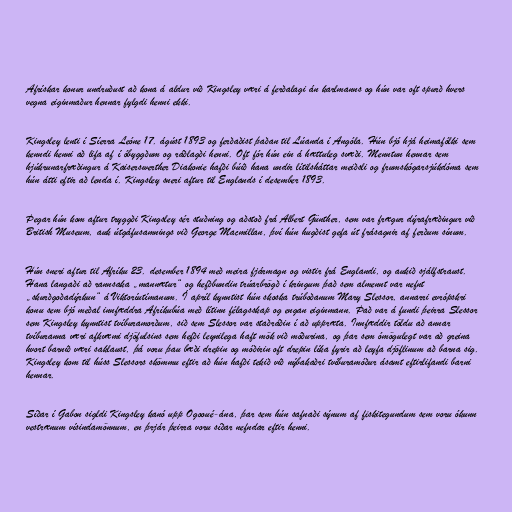
Afrískar konur undruðust að kona á aldur við Kingsley væri á ferðalagi án karlmanns og hún var oft spurð hvers
vegna eiginmaður hennar fylgdi henni ekki.

Kingsley lenti í Síerra Leóne 17. ágúst 1893 og ferðaðist þaðan til Lúanda í Angóla. Hún bjó hjá heimafólki sem
kenndi henni að lifa af í óbyggðum og ráðlagði henni. Oft fór hún ein á hættuleg svæði. Menntun hennar sem
hjúkrunarfræðingur á Kaiserswerther Diakonie hafði búið hana undir lítilsháttar meiðsli og frumskógarsjúkdóma sem
hún átti eftir að lenda í. Kingsley sneri aftur til Englands í desember 1893.

Þegar hún kom aftur tryggði Kingsley sér stuðning og aðstoð frá Albert Günther, sem var frægur dýrafræðingur við
British Museum, auk útgáfusamnings við George Macmillan, því hún hugðist gefa út frásagnir af ferðum sínum.

Hún sneri aftur til Afríku 23. desember 1894 með meira fjármagn og vistir frá Englandi, og aukið sjálfstraust.
Hana langaði að rannsaka „mannætur“ og hefðbundin trúarbrögð í kringum það sem almennt var nefnt
„skurðgoðadýrkun“ á Viktoríutímanum. Í apríl kynntist hún skoska trúboðanum Mary Slessor, annarri evrópskri
konu sem bjó meðal innfæddra Afríkubúa með lítinn félagsskap og engan eiginmann. Það var á fundi þeirra Slessor
sem Kingsley kynntist tvíburamorðum, sið sem Slessor var staðráðin í að uppræta. Innfæddir töldu að annar
tvíburanna væri afkvæmi djöfulsins sem hefði leynilega haft mök við móðurina, og þar sem ómögulegt var að greina
hvort barnið væri saklaust, þá voru þau bæði drepin og móðirin oft drepin líka fyrir að leyfa djöflinum að barna sig.
Kingsley kom til húss Slessors skömmu eftir að hún hafði tekið við nýbakaðri tvíburamóður ásamt eftirlifandi barni
hennar.

Síðar í Gabon sigldi Kingsley kanó upp Ogooué-ána, þar sem hún safnaði sýnum af fiskitegundum sem voru ókunn
vestrænum vísindamönnum, en þrjár þeirra voru síðar nefndar eftir henni.